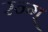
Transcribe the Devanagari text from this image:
रन्ग्